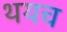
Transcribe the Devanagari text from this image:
थयच